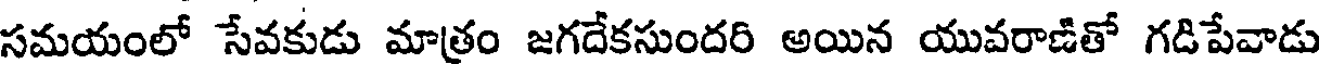
సమయంలో సేవకుడు మాత్రం జగదేకసుందరి అయిన యువరాణితో గడిపేవాడు